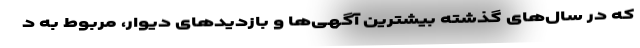
که در سال‌های گذشته بیشترین آگهی‌ها و بازدیدهای دیوار، مربوط به د